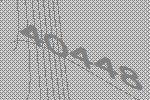
40448